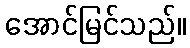
အောင်မြင်သည်။